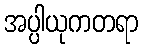
အပ္ပါယုကတရာ